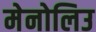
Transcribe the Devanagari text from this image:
मेनोलिउ